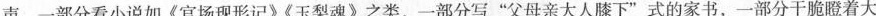
声，一部分看小说如《官场现形记》《玉梨魂》之类，一部分写”父母亲大人膝下”式的家书，一部分干脆瞪着大